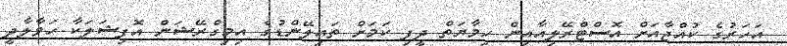
އަހަރުގެ ކުއްޖާއަށް އޮސްޓްރޭލިއާއިން ހިމާޔަތް ދީފި ކަމަށް ތައިލޭންޑުގެ އިމިގްރޭޝަން އޮފިޝަލަކާ ހަވާލާދީ